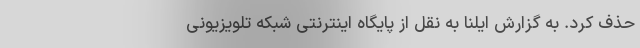
حذف کرد. به گزارش ایلنا به نقل از پایگاه اینترنتی شبکه تلویزیونی